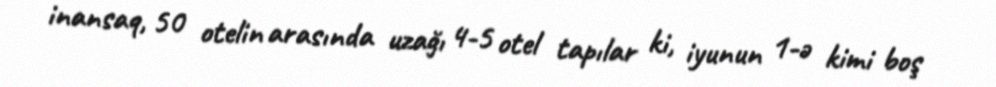
inansaq, 50 otelin arasında uzağı 4-5 otel tapılar ki, iyunun 1-ə kimi boş